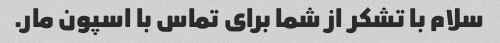
سلام با تشکر از شما برای تماس با اسپون مار.